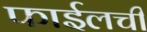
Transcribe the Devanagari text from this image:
फाईलची